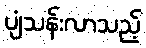
ပျံသန်းလာသည့်